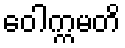
ဝေါက္ကမတိ